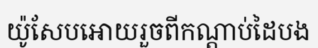
យ៉ូសែបអោយរួចពីកណ្តាប់ដៃបង